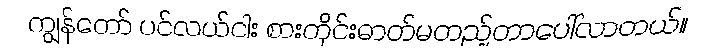
ကျွန်တော် ပင်လယ်ငါး စားတိုင်းဓာတ်မတည့်တာပေါ်လာတယ်။